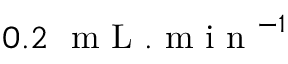
0 . 2 ~ \mathrm { ~ m ~ L ~ } . \mathrm { ~ m ~ i ~ n ~ } ^ { - 1 }